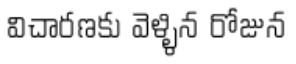
విచారణకు వెళ్ళిన రోజున